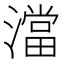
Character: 澢